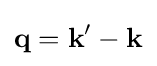
\mathbf {\mathbf {q} } =\mathbf {k} '-\mathbf {k}